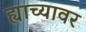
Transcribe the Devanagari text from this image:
ह्याच्यावर